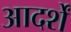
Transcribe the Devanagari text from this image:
आदर्शें